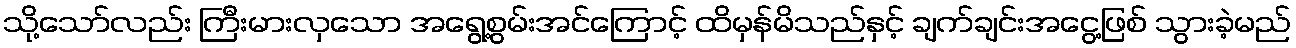
သို့သော်လည်း ကြီးမားလှသော အရွေ့စွမ်းအင်ကြောင့် ထိမှန်မိသည်နှင့် ချက်ချင်းအငွေ့ဖြစ် သွားခဲ့မည်